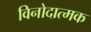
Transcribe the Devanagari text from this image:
विनोदात्मक